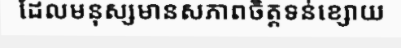
ដែលមនុស្សមានសភាពចិត្តទន់ខ្សោយ